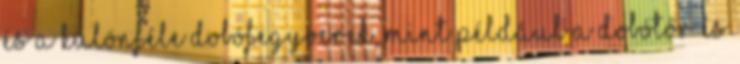
és a különféle dobófegyverek, mint például a dobótőr és